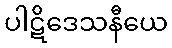
ပါဋိဒေသနီယေ